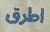
اطرق